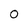
Character: O